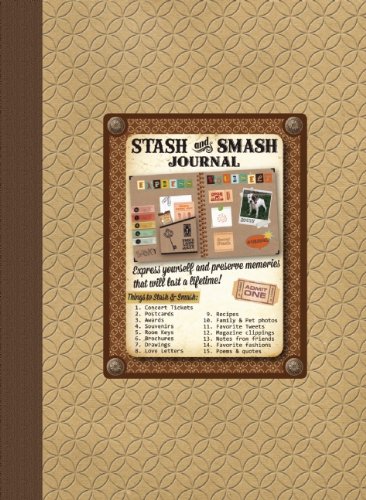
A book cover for Stash & Smash; Alex A. Lluch; Crafts, Hobbies & Home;